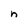
Character: n